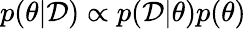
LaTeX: p(\theta|\mathcal{D})\propto p(\mathcal{D}|\theta)p(\theta)